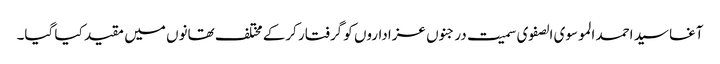
آغا سید احمد الموسوی الصفوی سمیت درجنوں عزاداروں کو گرفتار کرکے مختلف تھانوں میں مقید کیا گیا۔